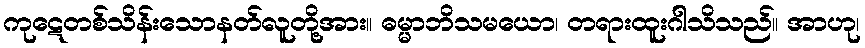
ကုဋေတစ်သိန်းသောနတ်လူတို့အား။ ဓမ္မာဘိသမယော၊ တရားထူးဂါသိသည်။ အာဟု၊